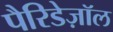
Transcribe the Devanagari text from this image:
पैरिडेज़ॉल